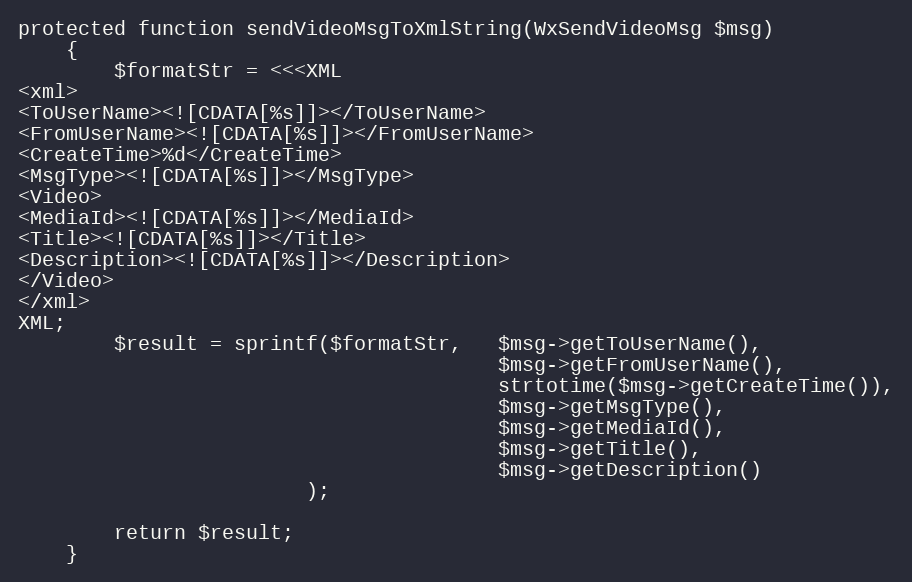
Language: PHP
protected function sendVideoMsgToXmlString(WxSendVideoMsg $msg)
    {
        $formatStr = <<<XML
<xml>
<ToUserName><![CDATA[%s]]></ToUserName>
<FromUserName><![CDATA[%s]]></FromUserName>
<CreateTime>%d</CreateTime>
<MsgType><![CDATA[%s]]></MsgType>
<Video>
<MediaId><![CDATA[%s]]></MediaId>
<Title><![CDATA[%s]]></Title>
<Description><![CDATA[%s]]></Description>
</Video>
</xml>
XML;
        $result = sprintf($formatStr,   $msg->getToUserName(),
                                        $msg->getFromUserName(),
                                        strtotime($msg->getCreateTime()),
                                        $msg->getMsgType(),
                                        $msg->getMediaId(),
                                        $msg->getTitle(),
                                        $msg->getDescription()
                        );

        return $result;
    }